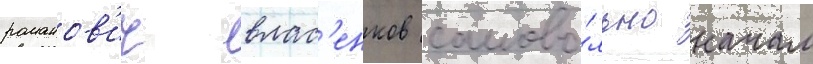
романов'ич влас'енков самово́льно начал